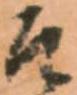
そ